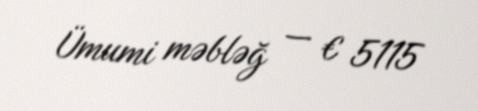
Ümumi məbləğ — € 5115